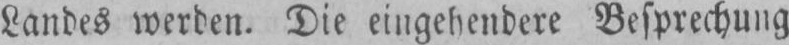
Landes werden. Die eingehendere Besprechung